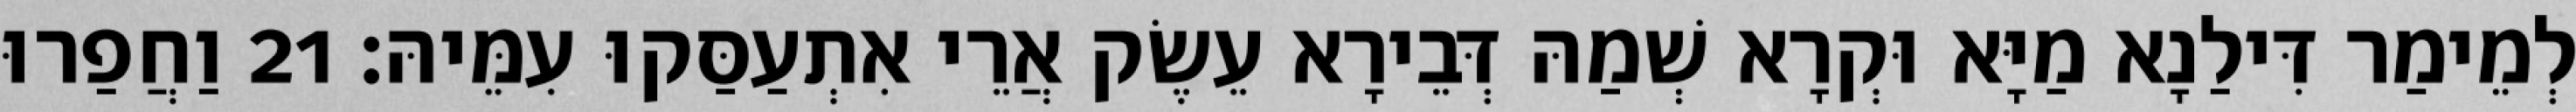
לְמֵימַר דִּילַנָא מַיָּא וּקְרָא שְׁמַהּ דְּבֵירָא עֵשֶׂק אֲרֵי אִתְעַסַּקוּ עִמֵּיהּ׃ 21 וַחֲפַרוּ